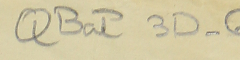
QBat3D-6